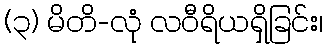
(၃) မိတိ-လုံ လဝီရိယရှိခြင်း၊